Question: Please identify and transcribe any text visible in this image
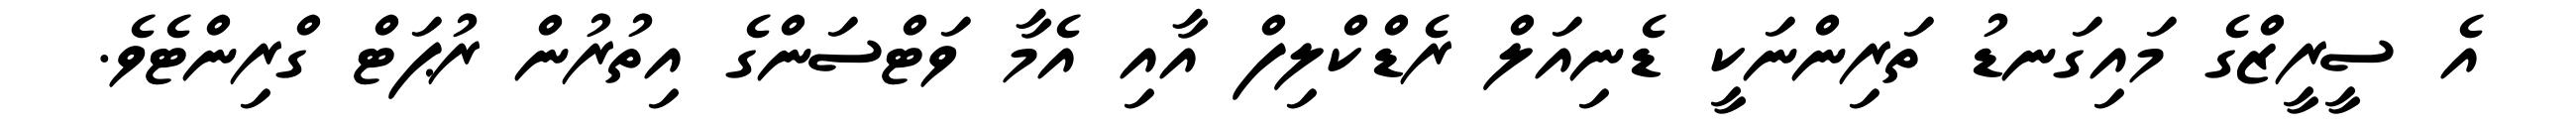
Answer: އެ ސީރީޒްގެ މައިގަނޑު ތަރިންނަކީ ޑެނިއަލް ރެޑްކްލިފް އާއި އެމާ ވަޓްސަންގެ އިތުރުން ރުޕަޓް ގްރިންޓެވެ.